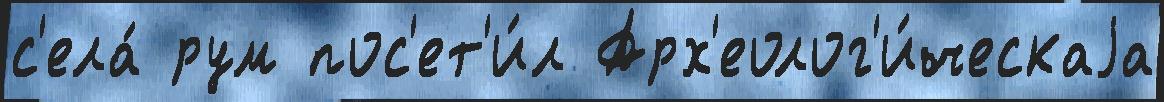
с'ела́ рум пос'ет'и́л Арх'еолог'и́ческаjа